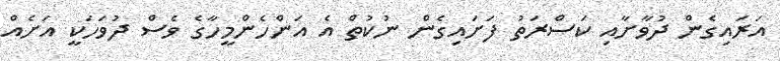
އަރައިގެން ދުވާށާއި ކަސްރަތު ފަށައިގެން ނުކުތް އެ އަންހެންމީހާގެ ވެސް ދުވަހަކީ އަށެއް